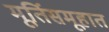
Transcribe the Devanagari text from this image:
मूर्तिसमूहात